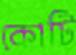
কোটি